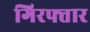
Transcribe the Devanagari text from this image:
गिरफ्त्तार